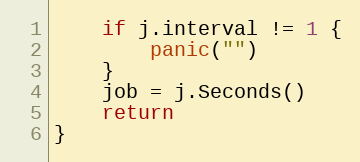
Language: Go
	if j.interval != 1 {
		panic("")
	}
	job = j.Seconds()
	return
}